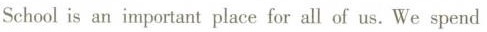
Schoolis an important place for all of us.We spend